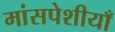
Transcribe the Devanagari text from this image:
मांसपेशीयाँ